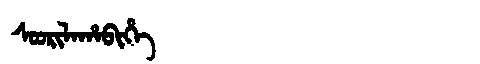
Manchu: ᠰᠣᠣᡵᡳᠯᠠᡥᠠᠪᡳᡥᡝ
Romanization: SOORILAHABIHE